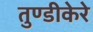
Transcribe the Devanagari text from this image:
तुण्डीकेरे